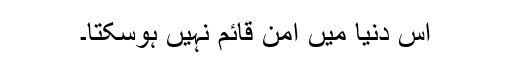
اس دنیا میں امن قائم نہیں ہوسکتا۔